Palivere_vallavalitsus, lk 2
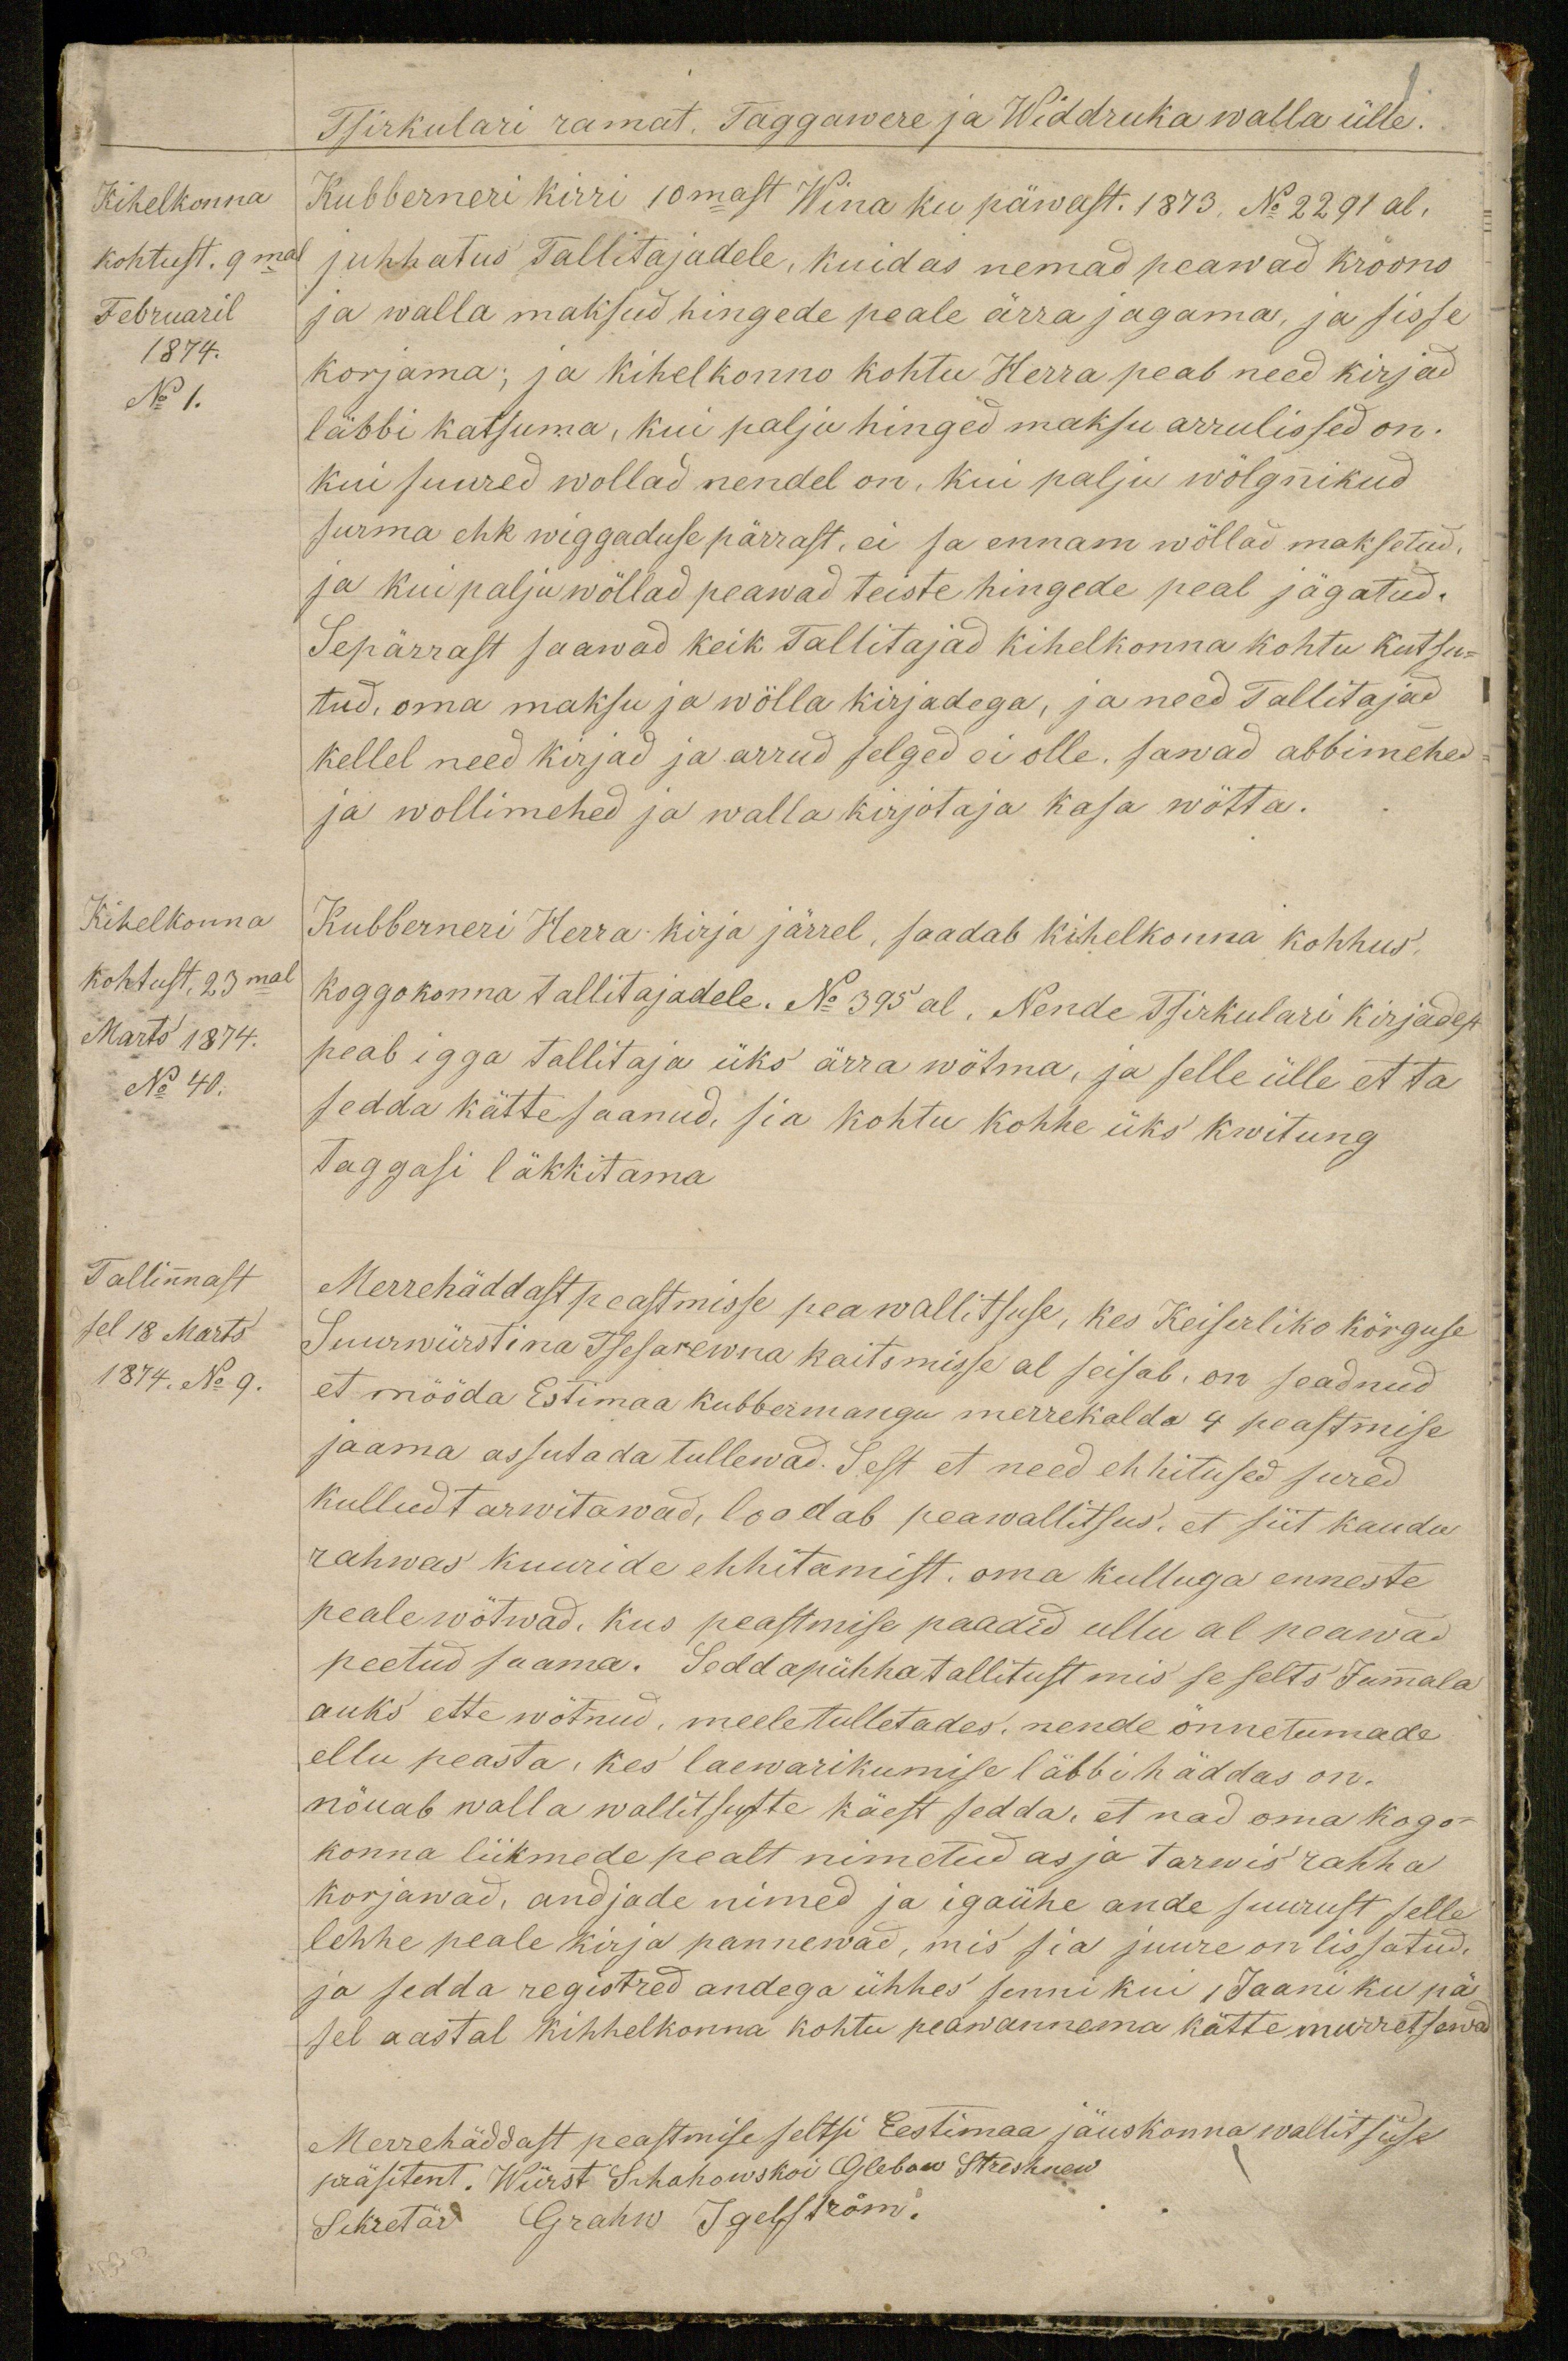
Kihelkonna
kohtust, 9mal
Februaril
1874.
No 1.

Kihelkonna
kohtust, 23mal
Marts 1874.
No 40.

Tallinnast
sel 18 Märts
1874. No 9.

1.
Tsirkulari ramat. Taggawere ja Widdruka walla ülle.
Kubberneri kirri 10mast Wina ku päwast. 1873. No 2291 al.
juhhatus Tallitajadele, kuidas nemad peawad kroono
ja walla maksud hingede peale ärra jagama, ja sisse
korjama; ja kihelkonno kohtu Herra peab need kirjad
läbbi katsuma, kui palju hinged maksu arrulissed on.
Kui suured wollad nendel on, kui palju wölgnikud
surma ehk wiggaduse pärrast, ei sa ennam wöllad maksetud.
ja kui palju wöllad peawad teiste hingede peal jägatud.
Sepärrast saawad keik Tallitajad kihelkonna kohtu kutsu-
tud, oma maksu ja wölla kirjadega, ja need Tallitajad
kellel need kirjad ja arrud selged ei olle. sawad abbimehe
ja wollimehed ja walla kirjotaja kasa wötta.
Kubberneri Herra kirja järrel, saadab kihelkonna kohhus.
koggokonna tallitajadele. No 395 al. Nende Tsirkulari kirjadest
peab igga tallitaja üks ärra wötma, ja selle ülle et ta
sedda kätte saanud, sia kohtu kohhe üks kwitung
taggasi läkkitama
Merrehäddast peastmisse peawallitsuse, kes Keiserliko kõrguse
Suurwürstina Tsesarewna kaitsmisse al seisab, on seadnud
et mööda Estimaa kubbermangu merrekalda 4 peastmise
jaama assutada tullewad. Sest et need ehitused sured
kullud tarwitawad, loodab peawallitsus, et siit kaudu
rahwas kuuride ehhitamist oma kulluga enneste
peale wõtwad. Kus peastmise paadid ullu al peawad
peetud saama. Sedda pühha tallitust mis se selts Jumala
auks ette wõtnud, meeletulletades, nende õnnetumade
ellu peasta, kes laewarikumise läbbi häddas on.
nõuab walla walitsuste käest sedda, et nad oma kogo-
konna liikmede pealt nimetud asja tarwis rahha
korjawad, andjade nimed ja igaühe ande suurust selle
lehhe peale kirja pannewad, mis siia juure on lissatud
ja sedda registred andega ühhes senni kui 1 Jaani ku pä
sel aastal kihhelkonna kohtu peawannema kätte muretsewad
Merrehäddast peastmise seltsi Eestimaa jäuskonna walitsuse
präsitent. Würst Schahowskoi Glebow Streshnew
Sekretär Grahw Igelström.